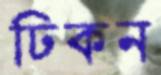
ঢিকন